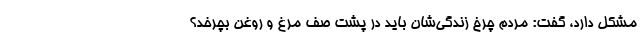
مشکل دارد، گفت: مردم چرخ زندگی‌شان باید در پشت صف مرغ و روغن بچرخد؟